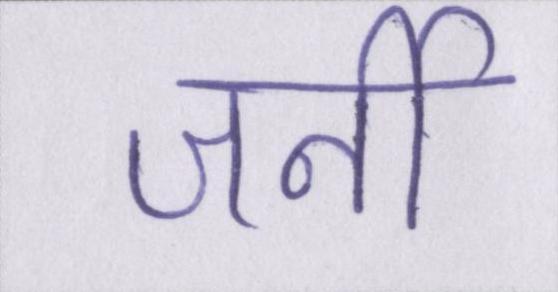
जर्नी